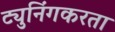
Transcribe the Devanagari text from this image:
ट्युनिंगकरता